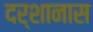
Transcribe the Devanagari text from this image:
दर्शानास